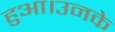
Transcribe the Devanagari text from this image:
हुआ।उनके